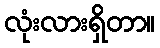
လုံးလားရှိတာ။